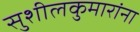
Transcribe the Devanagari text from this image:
सुशीलकुमारांना